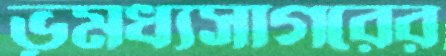
ভূমধ্যসাগরের